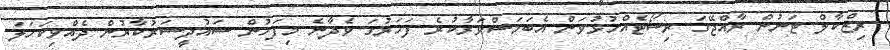
ރިޒްކާލް ޓަނުން ރާއްޖޭގަ ރިސޯޓެއްހުޅުވަން އެބަމަސްވަރާކުރެ ފަހަރުގަ ވެދާނެ މިފަހުން ސައުދީސަރުކާރުން ދެއްވިކަހަލަ